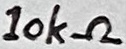
Text: 10kΩ